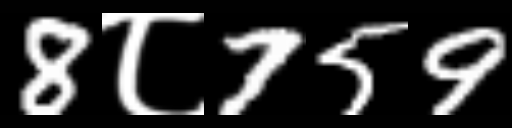
Text: 8८759